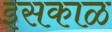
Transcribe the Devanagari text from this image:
इसकाळ